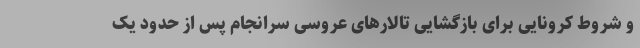
و شروط کرونایی برای بازگشایی تالارهای عروسی سرانجام پس از حدود یک